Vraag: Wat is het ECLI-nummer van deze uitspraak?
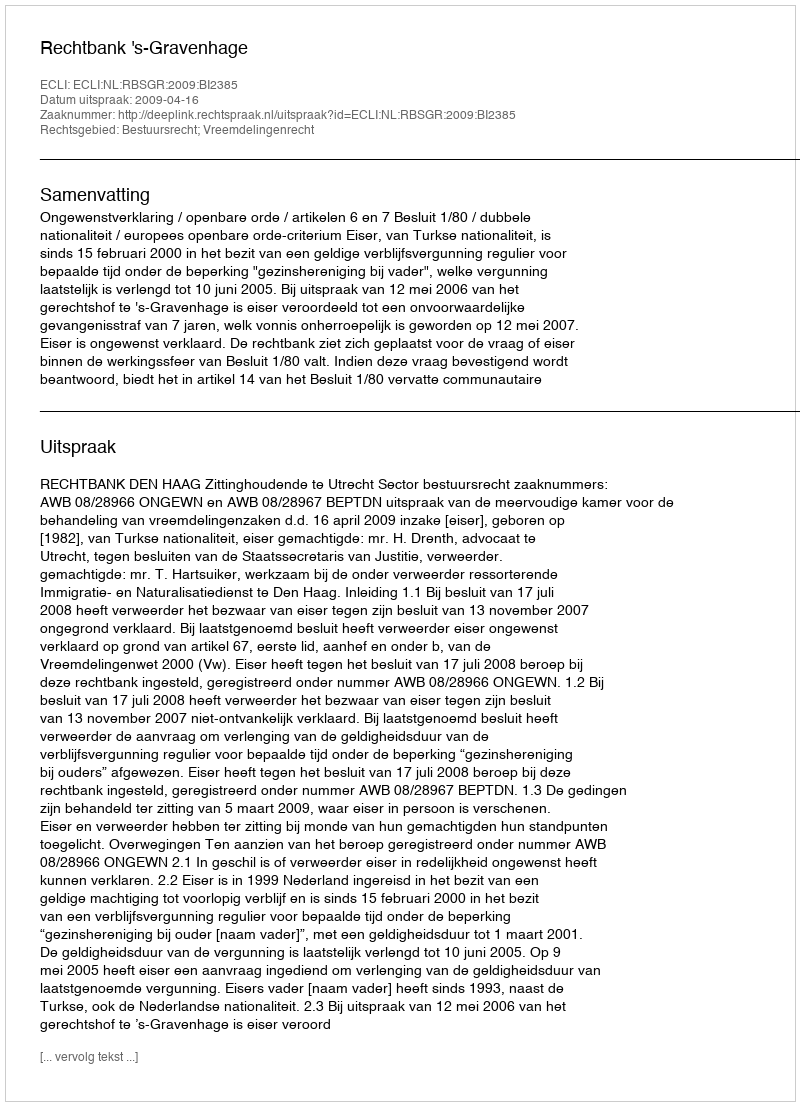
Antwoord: ECLI:NL:RBSGR:2009:BI2385